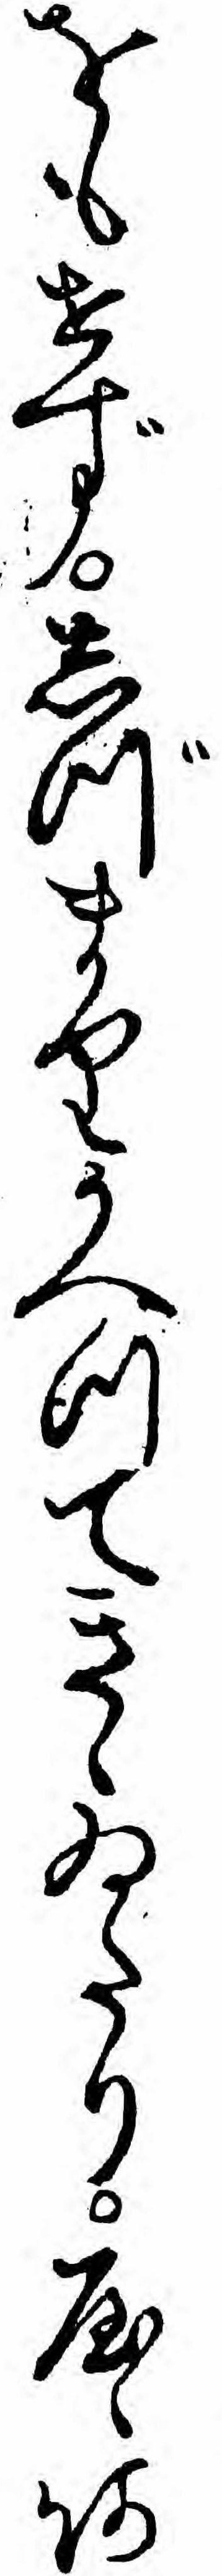
をもせずしづまりかへつてきゝゐたりやゝあ